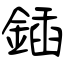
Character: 鍤